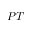
P T